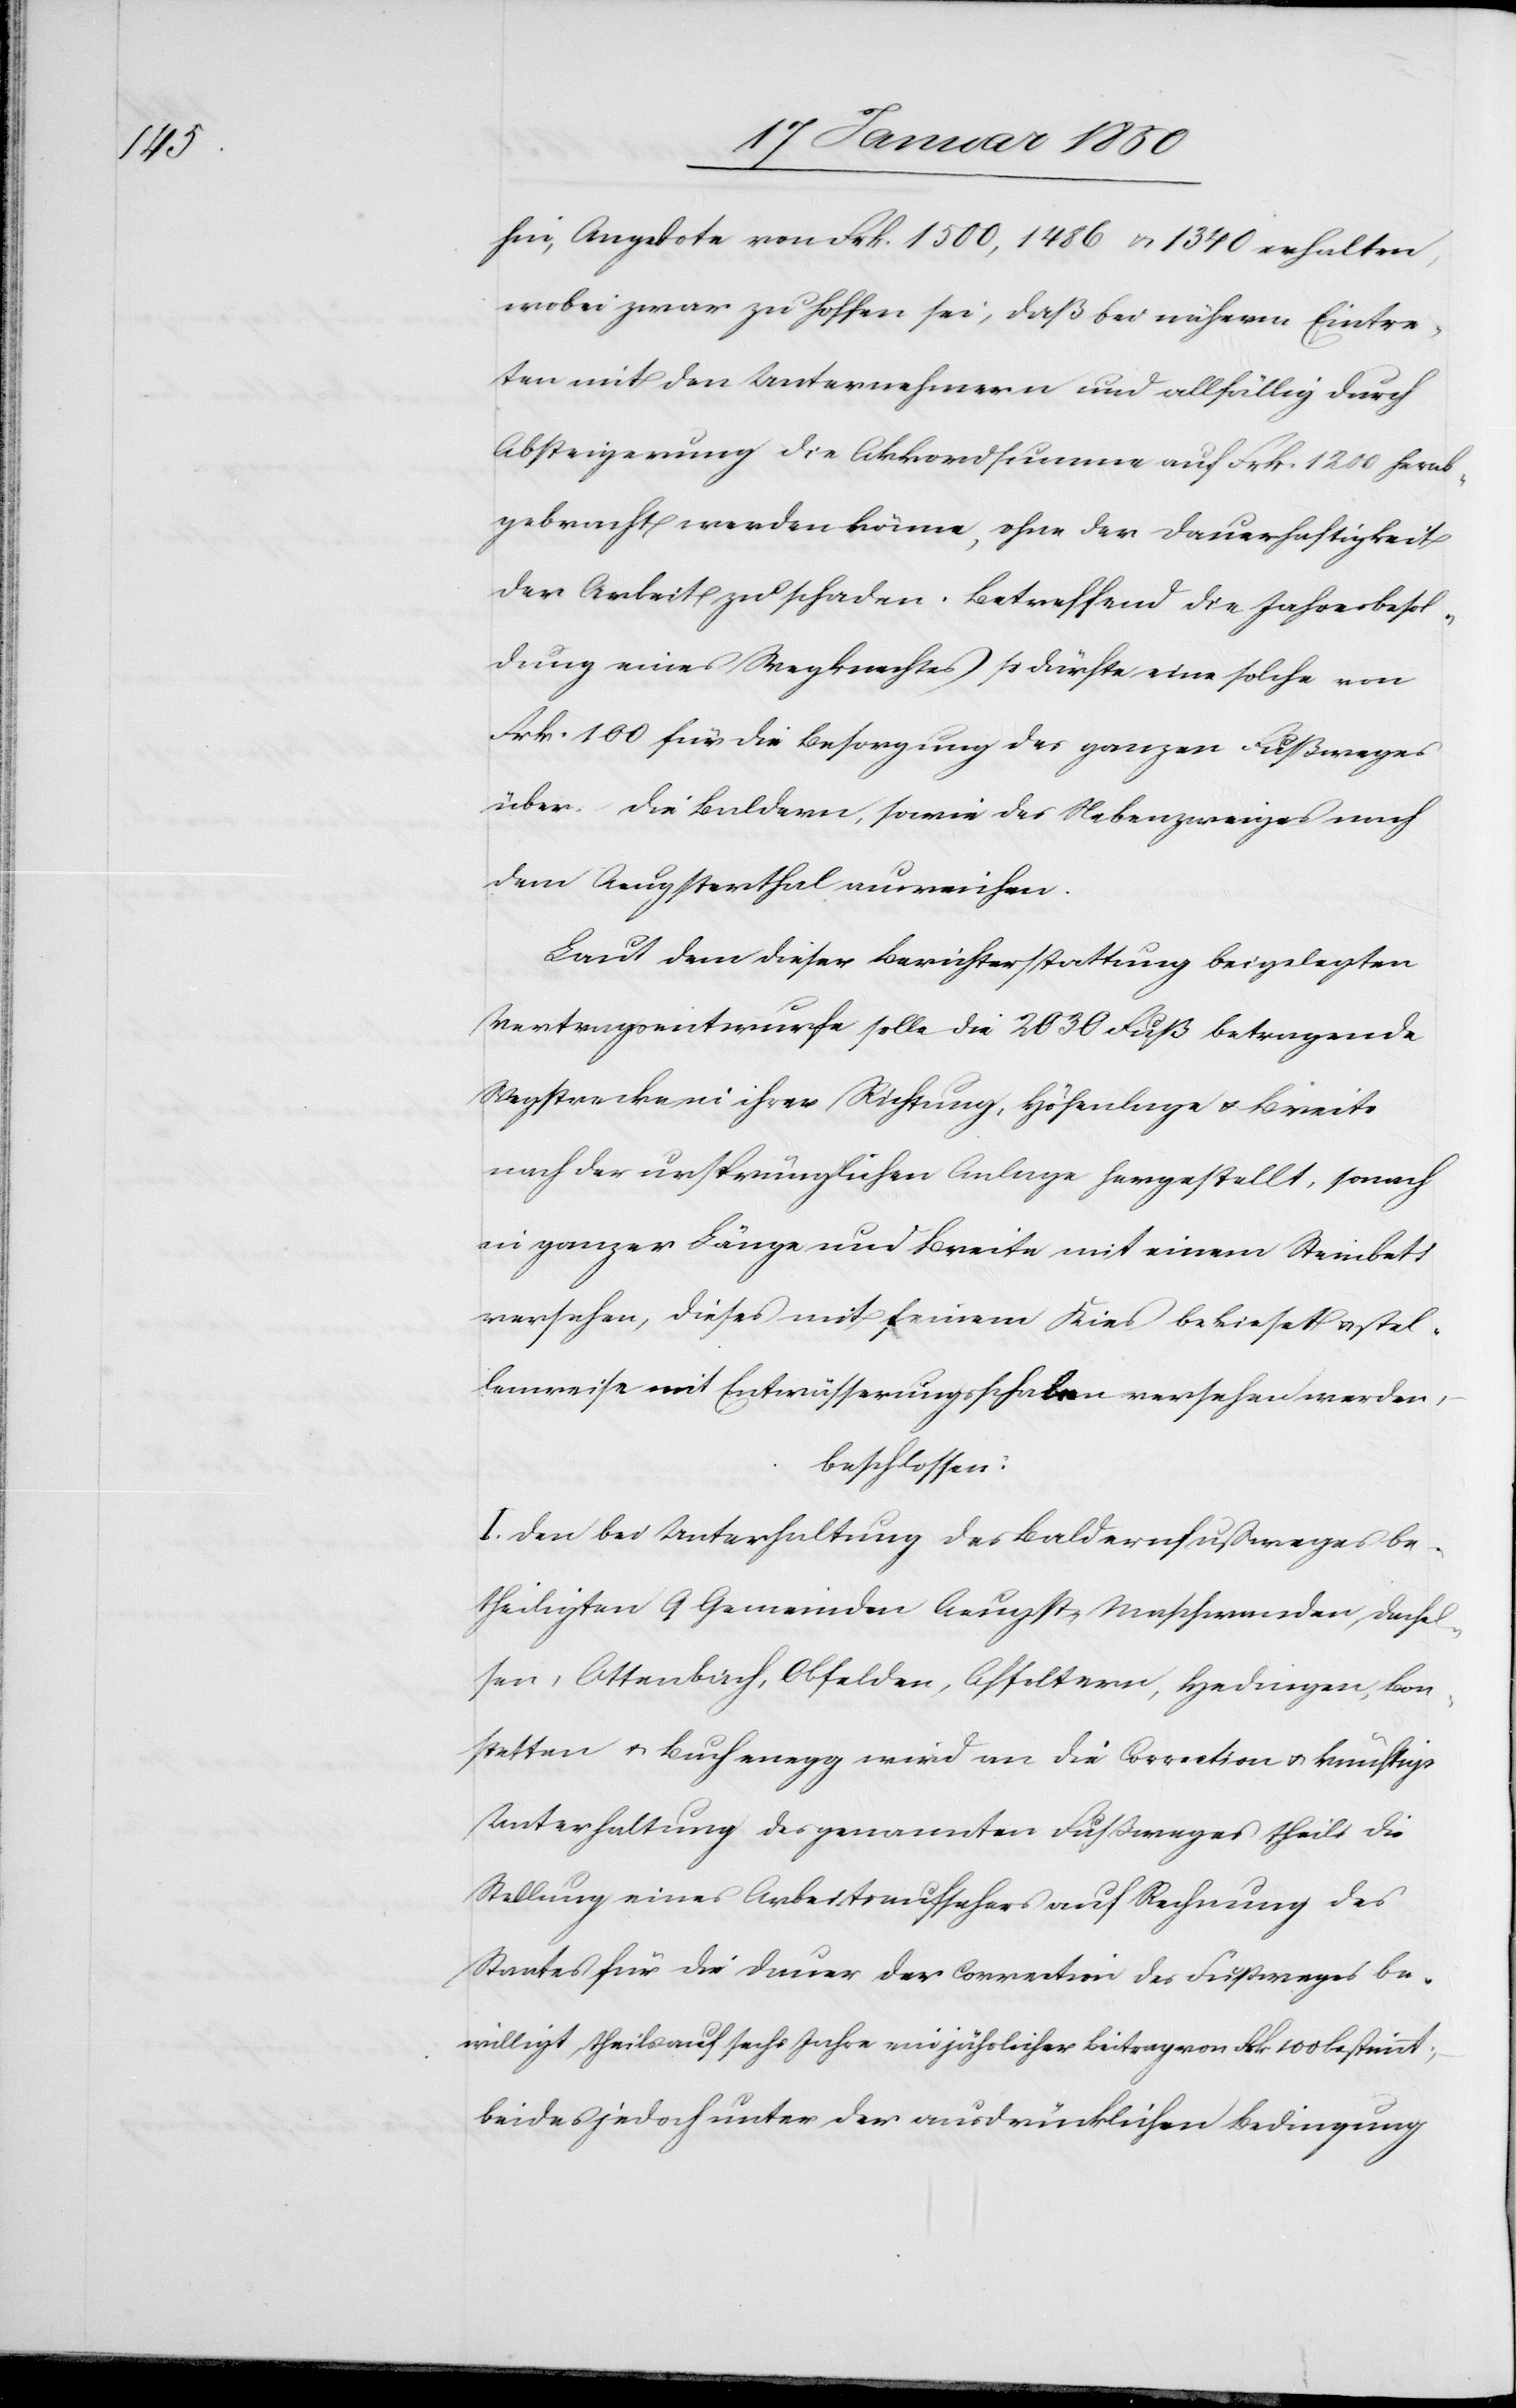
hin, Angebote von Frk. 1500, 1486 u. 1340 erhalten,
wobei zwar zu hoffen sei, daß bei näherm Eintre¬
ten mit den Unternehmern und allfällig durch
Absteigerung die Akkordsumme auf Frk. 1200 herab¬
gebracht werden könne, ohne der Dauerhaftigkeit
der Arbeit zu schaden. Betreffend die Jahresbesol¬
dung eines Wegknechtes so dürfte eine solche von
Frk. 100 für die Besorgung des ganzen Fußweges
über die Baldern, sowie des Nebenzweiges nach
dem Aeugsterthal ausreichen.
Laut dem dieser Berichterstattung beigelegten
Vertragsentwurfe solle die 2030 Fuß betragende
Wegstrecke in ihrer Richtung, Höhenlage u. Breite
nach der ursprünglichen Anlage hergestellt, sonach
in ganzer Länge und Breite mit einem Steinbett
versehen, dieses mit feinem Kies bekieset u. stel¬
lenweise mit Entwässerungsschalen versehen werden,
beschlossen:
I. Den bei Unterhaltung des Baldernfußweges be¬
theiligten 9 Gemeinden Aeugst, Maschwanden, Dachel¬
sen, Ottenbach, Obfelden, Affoltern, Hedingen, Bon¬
stetten u. Buchenegg wird an die Correction u. künftige
Unterhaltung des genannten Fußweges theils die
Stellung eines Arbeitsaufsehers auf Rechnung des
Staates für die Dauer der Correction des Fußweges be¬
willigt, theils auf sechs Jahre ein jährlicher Beitrag von Frk 100 bestimmt;
beides jedoch unter der ausdrücklichen Bedingung